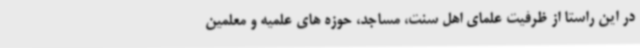
در این راستا از ظرفیت علمای اهل سنت، مساجد، حوزه های علمیه و معلمین